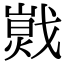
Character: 𢧾